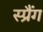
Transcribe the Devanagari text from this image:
स्प्रैंग